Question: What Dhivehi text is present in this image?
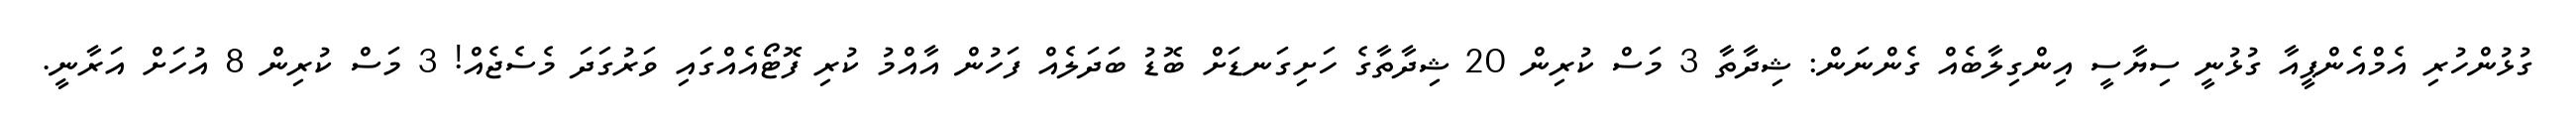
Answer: ގުޅުންހުރި އެމްއެންޕީއާ ގުޅުނީ ސިޔާސީ އިންގިލާބެއް ގެންނަން: ޝިދާތާ 3 މަސް ކުރިން 20 ޝިދާތާގެ ހަށިގަނޑަށް ބޮޑު ބަދަލެއް ފަހުން އާއްމު ކުރި ފޮޓޯއެއްގައި ވަރުގަދަ މެސެޖެއް! 3 މަސް ކުރިން 8 އުހަށް އަރާނީ.